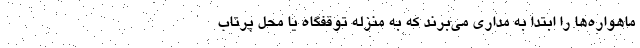
ماهواره‌ها را ابتدا به مداری می‌برند که به منزله‌ توقفگاه یا محل پرتاب